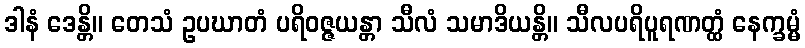
ဒါနံ ဒေန္တိ။ တေသံ ဥပဃာတံ ပရိဝဇ္ဇယန္တာ သီလံ သမာဒိယန္တိ။ သီလပရိပူရဏတ္ထံ နေက္ခမ္မံ